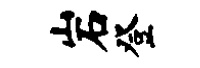
岩登